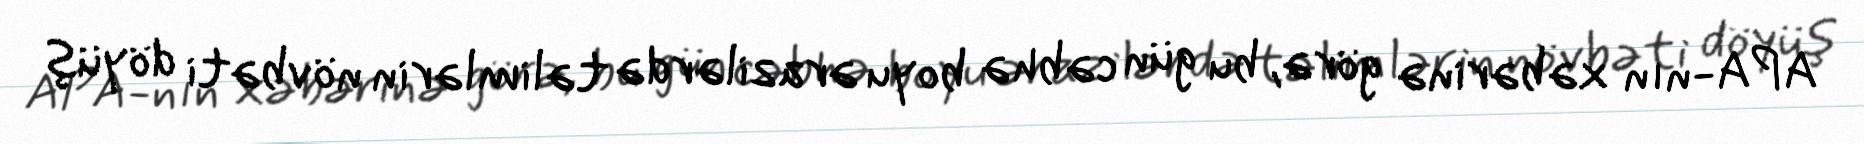
APA-nın xəbərinə görə, bu gün cəbhə boyu ərazilərdə təlimlərin növbəti döyüş